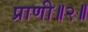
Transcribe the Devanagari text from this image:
प्राणी॥२॥